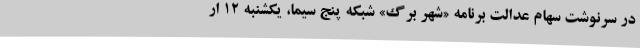
در سرنوشت سهام عدالت برنامه «شهر برگ» شبکه پنج سیما، یکشنبه ۱۲ ار